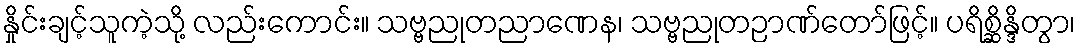
နှိုင်းချင့်သူကဲ့သို့ လည်းကောင်း။ သဗ္ဗညုတညာဏေန၊ သဗ္ဗညုတဉာဏ်တော်ဖြင့်။ ပရိစ္ဆိန္ဒိတွာ၊